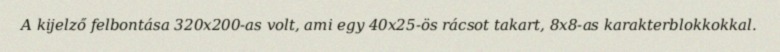
A kijelző felbontása 320x200-as volt, ami egy 40x25-ös rácsot takart, 8x8-as karakterblokkokkal.